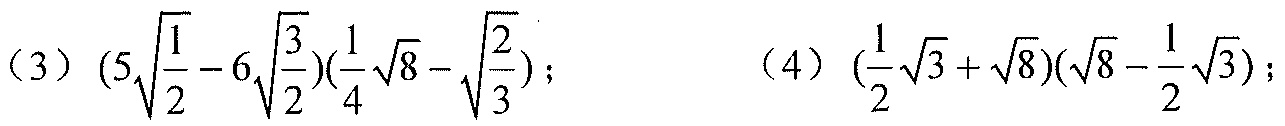
(3) \((5\sqrt{\frac{1}{2}} - 6\sqrt{\frac{3}{2}})(\frac{1}{4}\sqrt{8} - \sqrt{\frac{2}{3}})\);
(4) \((\frac{1}{2}\sqrt{3}+\sqrt{8})(\sqrt{8}-\frac{1}{2}\sqrt{3})\);